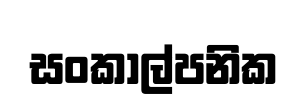
සංකාල්පනික